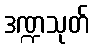
ဒဏ္ဍသုတ်